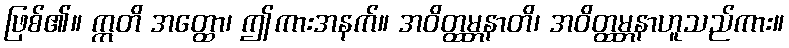
ဖြစ်၏။ ဣတိ အတ္ထော၊ ဤကားအနက်။ အဝိတ္ထမ္ဘနာတိ၊ အဝိတ္ထမ္ဘနာဟူသည်ကား။